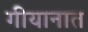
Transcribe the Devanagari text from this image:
गीयानात